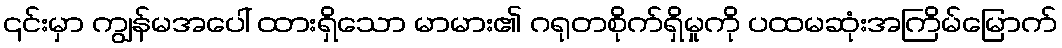
၎င်းမှာ ကျွန်မအပေါ် ထားရှိသော မာမား၏ ဂရုတစိုက်ရှိမှုကို ပထမဆုံးအကြိမ်မြောက်